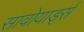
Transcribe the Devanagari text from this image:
सावोयार्ड्स